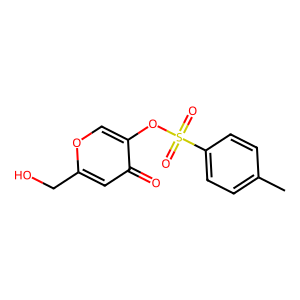
SMILES: Cc1ccc(S(=O)(=O)Oc2coc(CO)cc2=O)cc1
Inhibits HIV replication: No